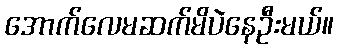
အောက်လေမဆက်မိပဲနေဦးမယ်။